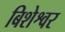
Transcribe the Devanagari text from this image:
बिशेश्वर